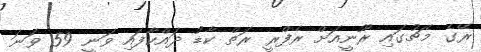
ރޭގެ މެޗުގައި ރޫނީއަށް ރެފްރީ ރަތް ކާޑު ދައްކާފައި ވަނީ 59 ވަނަ